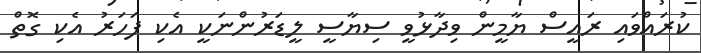
ކުރައްވައި ރައީސް ޔާމީން ވިދާޅުވީ ސިޔާސީ ލީޑަރުންނަކީ އެކި ފަހަރު އެކި ގޮތް